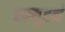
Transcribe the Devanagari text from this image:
स्क्र्युटर्न